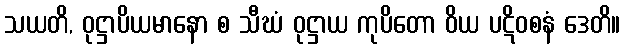
သယတိ, ဝုဋ္ဌာပိယမာနော စ သီဃံ ဝုဋ္ဌာယ ကုပိတော ဝိယ ပဋိဝစနံ ဒေတိ။